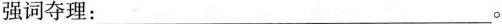
强词夺理:___。